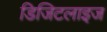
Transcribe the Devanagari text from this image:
डिजिटलाइज